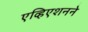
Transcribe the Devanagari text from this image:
एव्हिएशनने